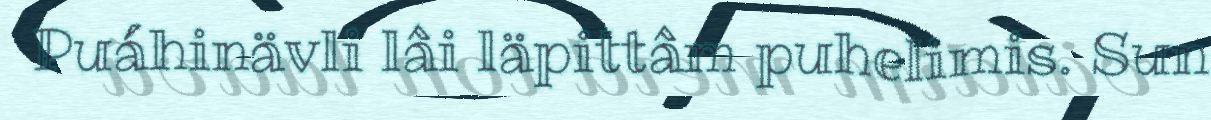
Puáhinävli lâi läpittâm puhelimis. Sun